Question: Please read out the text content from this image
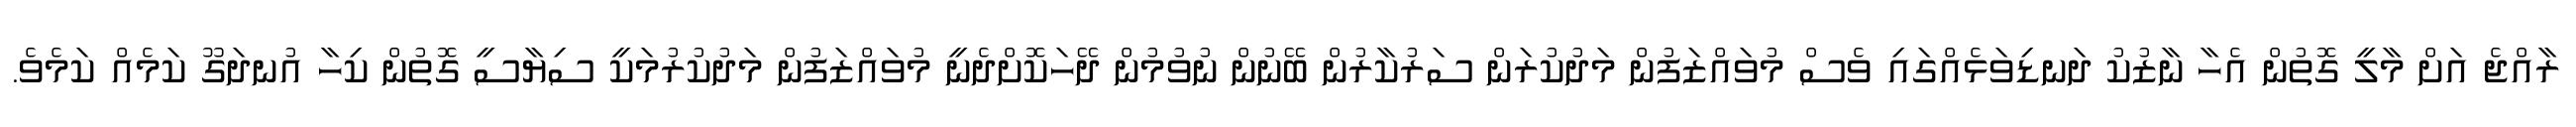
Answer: ރާއްޖެ އަށް މާލީ ގޮތުން އެހާ ނާޒުކު ދަނޑިވަޅެއްގައި ވެސް މުވައްޒަފުން މަދުކުރަން ސަރުކާރުން ބޭނުން ނުވުމުން ދޭހަކޮށްދެނީ މުވައްޒަފުން މަދުކުރުމަކީ ސިޔާސީ ގޮތުން ކިހާ އުނދަގޫ ކަމެއް ކަމެވެ.